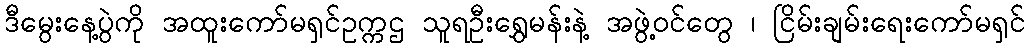
ဒီမွေးနေ့ပွဲကို အထူးကော်မရှင်ဥက္ကဌ သူရဦးရွှေမန်းနဲ့ အဖွဲ့ဝင်တွေ ၊ ငြိမ်းချမ်းရေးကော်မရှင်